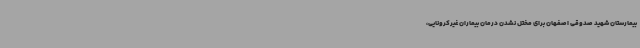
بیمارستان شهید صدوقی اصفهان برای مختل نشدن درمان بیماران غیرکرونایی،